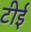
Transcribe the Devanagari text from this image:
टीई